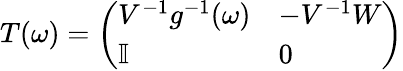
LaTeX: \begin{array}{r}{T(\omega)=\left(\begin{array}{ll}{V^{-1}g^{-1}(\omega)}&{-V^{-1}W}\\ {\mathbb{I}}&{0}\end{array}\right)}\end{array}